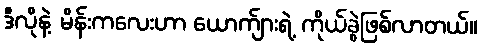
ဒီလိုနဲ့ မိန်းကလေးဟာ ယောက်ျားရဲ့ ကိုယ်ခွဲဖြစ်လာတယ်။